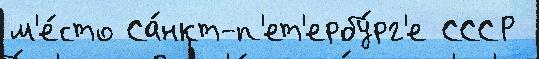
м'е́сто Са́нкт-п'ет'ербу́рг'е СССР